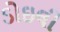
ડોઇલી